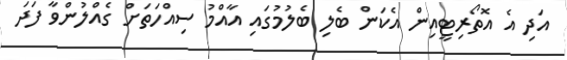
އަދި އެ އޮތޯރިޓީއިން އެކަން ބެލި ބެލުމުގައި އާއްމު ސިއްހަތަށް ގެއްލުންވާ ފަދަ